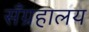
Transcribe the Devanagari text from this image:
सँग्रहालय